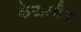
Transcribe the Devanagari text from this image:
केटालीना